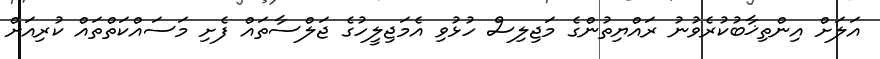
އަލަށް އިންތިޚާބުކުރެވުނު ރައްޔިތުންގެ މަޖިލިސް ހުޅުވި އެމަޖިލީހުގެ ޖަލްސާތައް ފެށި މަސައްކަތްތައް ކުރިއަށް